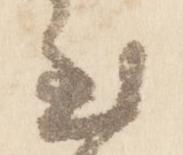
至